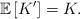
LaTeX: \begin{align*}\mathbb{E}\left[ K' \right] = K.\end{align*}